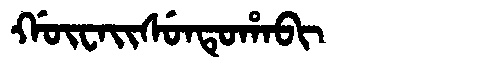
Manchu: ᡤᡡᠸᠠᡳᠰᡠᠨᡨᡠᡥᠠᠪᡳ
Romanization: GŪWAISUNTUHABI